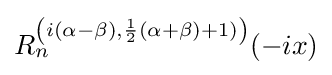
R_{n}^{\left(i(\alpha -\beta ),{\frac {1}{2}}(\alpha +\beta )+1)\right)}(-ix)